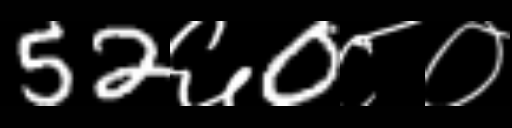
Text: 52६0८०